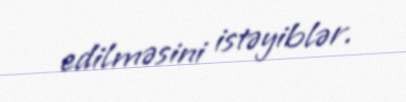
edilməsini istəyiblər.